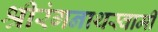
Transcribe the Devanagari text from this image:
श्रीरंगनाथस्वामी